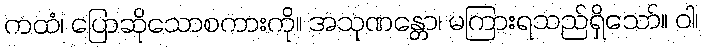
ကထံ၊ ပြောဆိုသောစကားကို။ အသုဏန္တော၊ မကြားရသည်ရှိသော်။ ဝါ၊